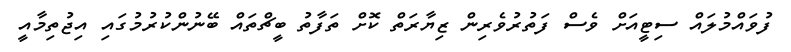
ފުވައްމުލައް ސިޓީއަށް ވެސް ފަތުރުވެރިން ޒިޔާރަތް ކޮށް ތަފާތު ބީޗްތައް ބޭނުންކުރުމުގައި އިޖުތިމާއީ